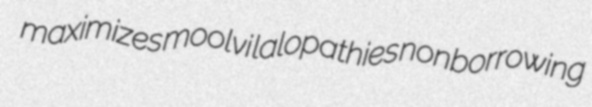
maximizes moolvi lalopathies nonborrowing